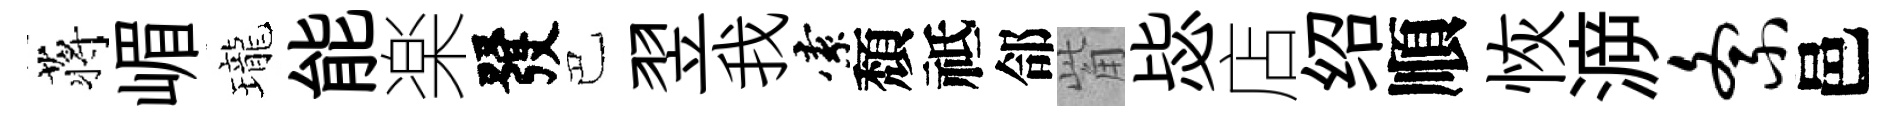
蒋嵋瓏能楽發巴翌我索頽祗郃觜毖店绍順恢㴑紊邑